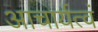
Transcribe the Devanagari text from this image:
आचार्यत्वं